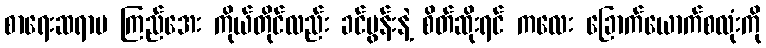
စာရေးဆရာမ ကြည်အေး ကိုယ်တိုင်လည်း ခင်ပွန်းနဲ့ စိတ်ဆိုးရင် ကလေး ခြောက်ယောက်စလုံးကို